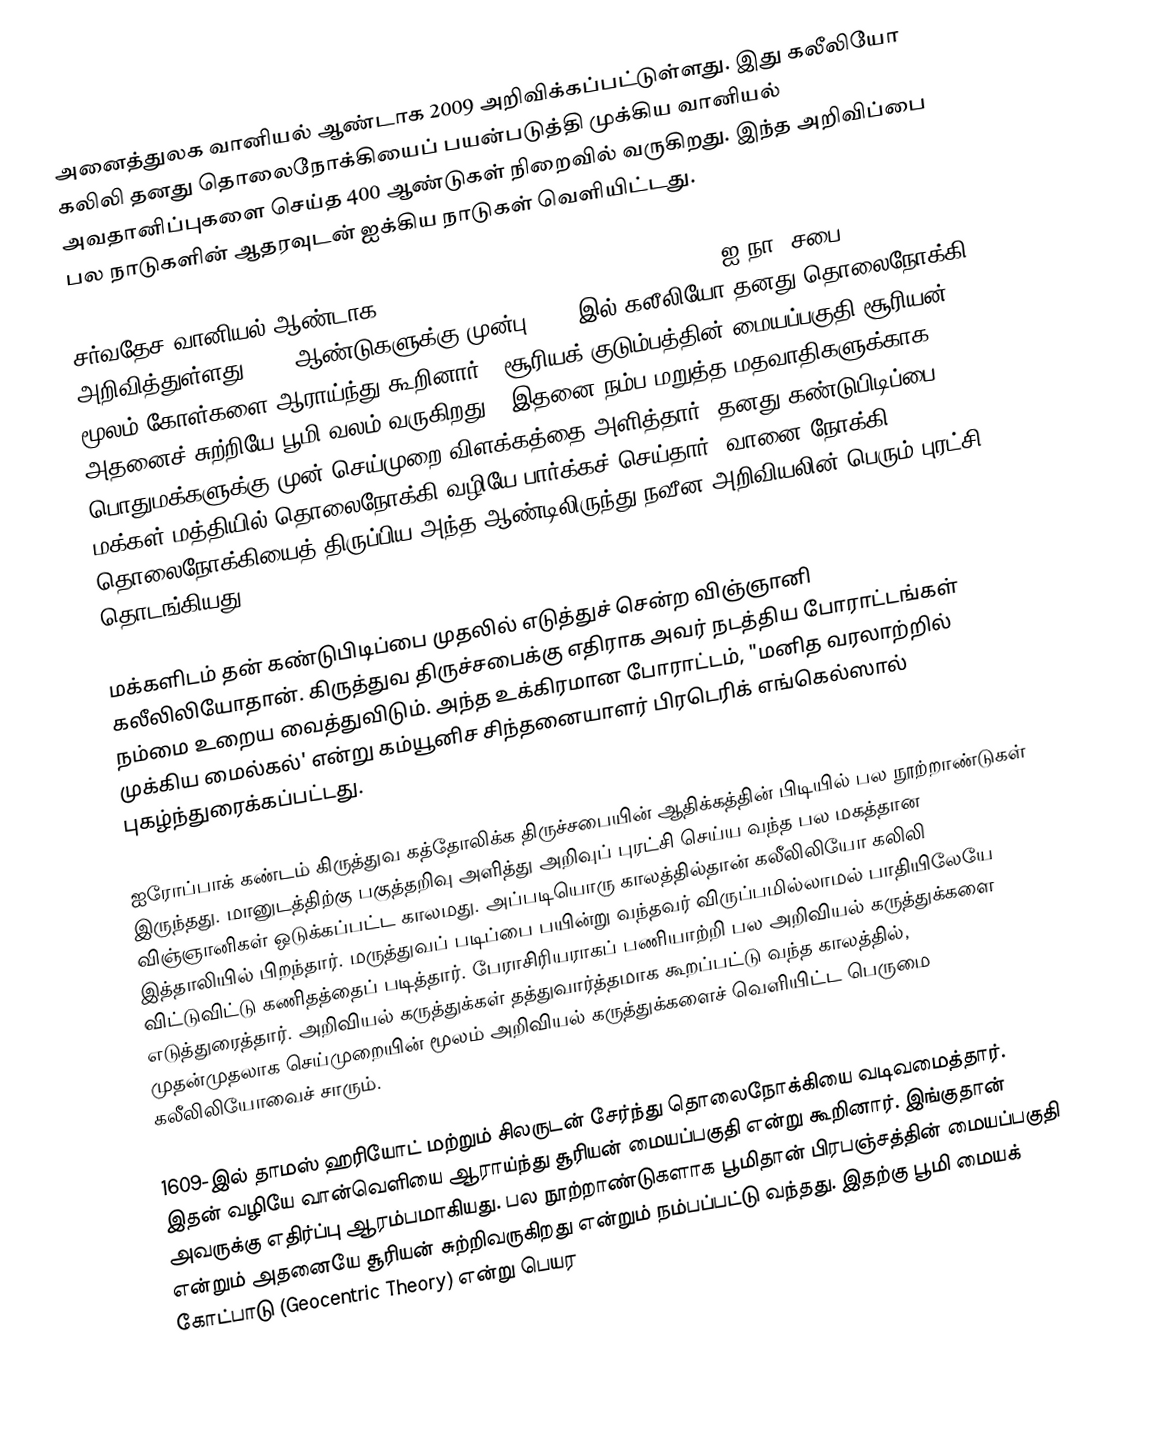
அனைத்துலக வானியல் ஆண்டாக 2009 அறிவிக்கப்பட்டுள்ளது.  இது கலீலியோ கலிலி தனது தொலைநோக்கியைப் பயன்படுத்தி முக்கிய வானியல் அவதானிப்புகளை செய்த 400 ஆண்டுகள் நிறைவில் வருகிறது. இந்த அறிவிப்பை பல நாடுகளின் ஆதரவுடன் ஐக்கிய நாடுகள் வெளியிட்டது.

சர்வதேச வானியல் ஆண்டாக (International Year of Astronomy 2009) ஐ.நா. சபை அறிவித்துள்ளது. 400 ஆண்டுகளுக்கு முன்பு 1609-இல் கலீலியோ தனது தொலைநோக்கி மூலம் கோள்களை ஆராய்ந்து கூறினார். "சூரியக் குடும்பத்தின் மையப்பகுதி சூரியன். அதனைச் சுற்றியே பூமி வலம் வருகிறது”. இதனை நம்ப மறுத்த மதவாதிகளுக்காக பொதுமக்களுக்கு முன் செய்முறை விளக்கத்தை அளித்தார். தனது கண்டுபிடிப்பை மக்கள் மத்தியில் தொலைநோக்கி வழியே பார்க்கச் செய்தார். வானை நோக்கி தொலைநோக்கியைத் திருப்பிய அந்த ஆண்டிலிருந்து நவீன அறிவியலின் பெரும் புரட்சி தொடங்கியது.

மக்களிடம் தன் கண்டுபிடிப்பை முதலில் எடுத்துச் சென்ற விஞ்ஞானி கலீலிலியோதான். கிருத்துவ திருச்சபைக்கு எதிராக அவர் நடத்திய போராட்டங்கள் நம்மை உறைய வைத்துவிடும். அந்த உக்கிரமான போராட்டம், "மனித வரலாற்றில் முக்கிய மைல்கல்' என்று கம்யூனிச சிந்தனையாளர் பிரடெரிக் எங்கெல்ஸால் புகழ்ந்துரைக்கப்பட்டது.

ஐரோப்பாக் கண்டம் கிருத்துவ கத்தோலிக்க திருச்சபையின் ஆதிக்கத்தின் பிடியில் பல நூற்றாண்டுகள் இருந்தது. மானுடத்திற்கு பகுத்தறிவு அளித்து அறிவுப் புரட்சி செய்ய வந்த பல மகத்தான விஞ்ஞானிகள் ஒடுக்கப்பட்ட காலமது. அப்படியொரு காலத்தில்தான் கலீலிலியோ கலிலி இத்தாலியில் பிறந்தார். மருத்துவப் படிப்பை பயின்று வந்தவர் விருப்பமில்லாமல் பாதியிலேயே விட்டுவிட்டு கணிதத்தைப் படித்தார். பேராசிரியராகப் பணியாற்றி பல அறிவியல் கருத்துக்களை எடுத்துரைத்தார். அறிவியல் கருத்துக்கள் தத்துவார்த்தமாக கூறப்பட்டு வந்த காலத்தில், முதன்முதலாக செய்முறையின் மூலம் அறிவியல் கருத்துக்களைச் வெளியிட்ட பெருமை கலீலிலியோவைச் சாரும்.

1609-இல் தாமஸ் ஹரியோட் மற்றும் சிலருடன் சேர்ந்து தொலைநோக்கியை வடிவமைத்தார். இதன் வழியே வான்வெளியை ஆராய்ந்து சூரியன் மையப்பகுதி என்று கூறினார். இங்குதான் அவருக்கு எதிர்ப்பு ஆரம்பமாகியது. பல நூற்றாண்டுகளாக பூமிதான் பிரபஞ்சத்தின் மையப்பகுதி என்றும் அதனையே சூரியன் சுற்றிவருகிறது என்றும் நம்பப்பட்டு வந்தது. இதற்கு பூமி மையக் கோட்பாடு (Geocentric Theory) என்று பெயர